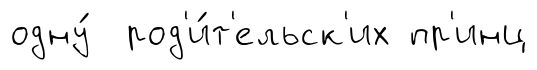
одну́ род'и́т'ельск'их пр'инц